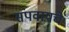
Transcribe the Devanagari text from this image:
संपवायचे